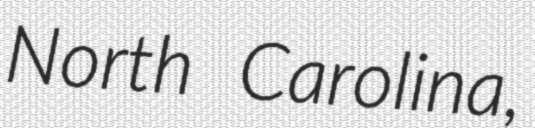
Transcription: North Carolina,